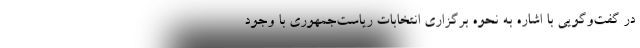
در گفت‌وگویی با اشاره به نحوه برگزاری انتخابات ریاست‌جمهوری با وجود